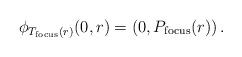
LaTeX: \begin{align*}\phi_{T_{\rm focus}(r)}(0,r) = \left( 0, P_{\rm focus}(r) \right).\end{align*}